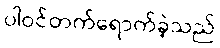
ပါဝင်တက်ရောက်ခဲ့သည်